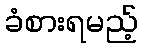
ခံစားရမည့်